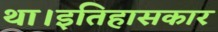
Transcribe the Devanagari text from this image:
था।इतिहासकार